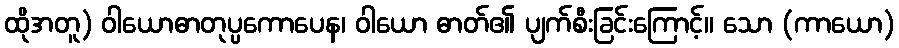
ထိုအတူ) ဝါယောဓာတုပ္ပကောပေန၊ ဝါယော ဓာတ်၏ ပျက်စီးခြင်းကြောင့်။ သော (ကာယော)